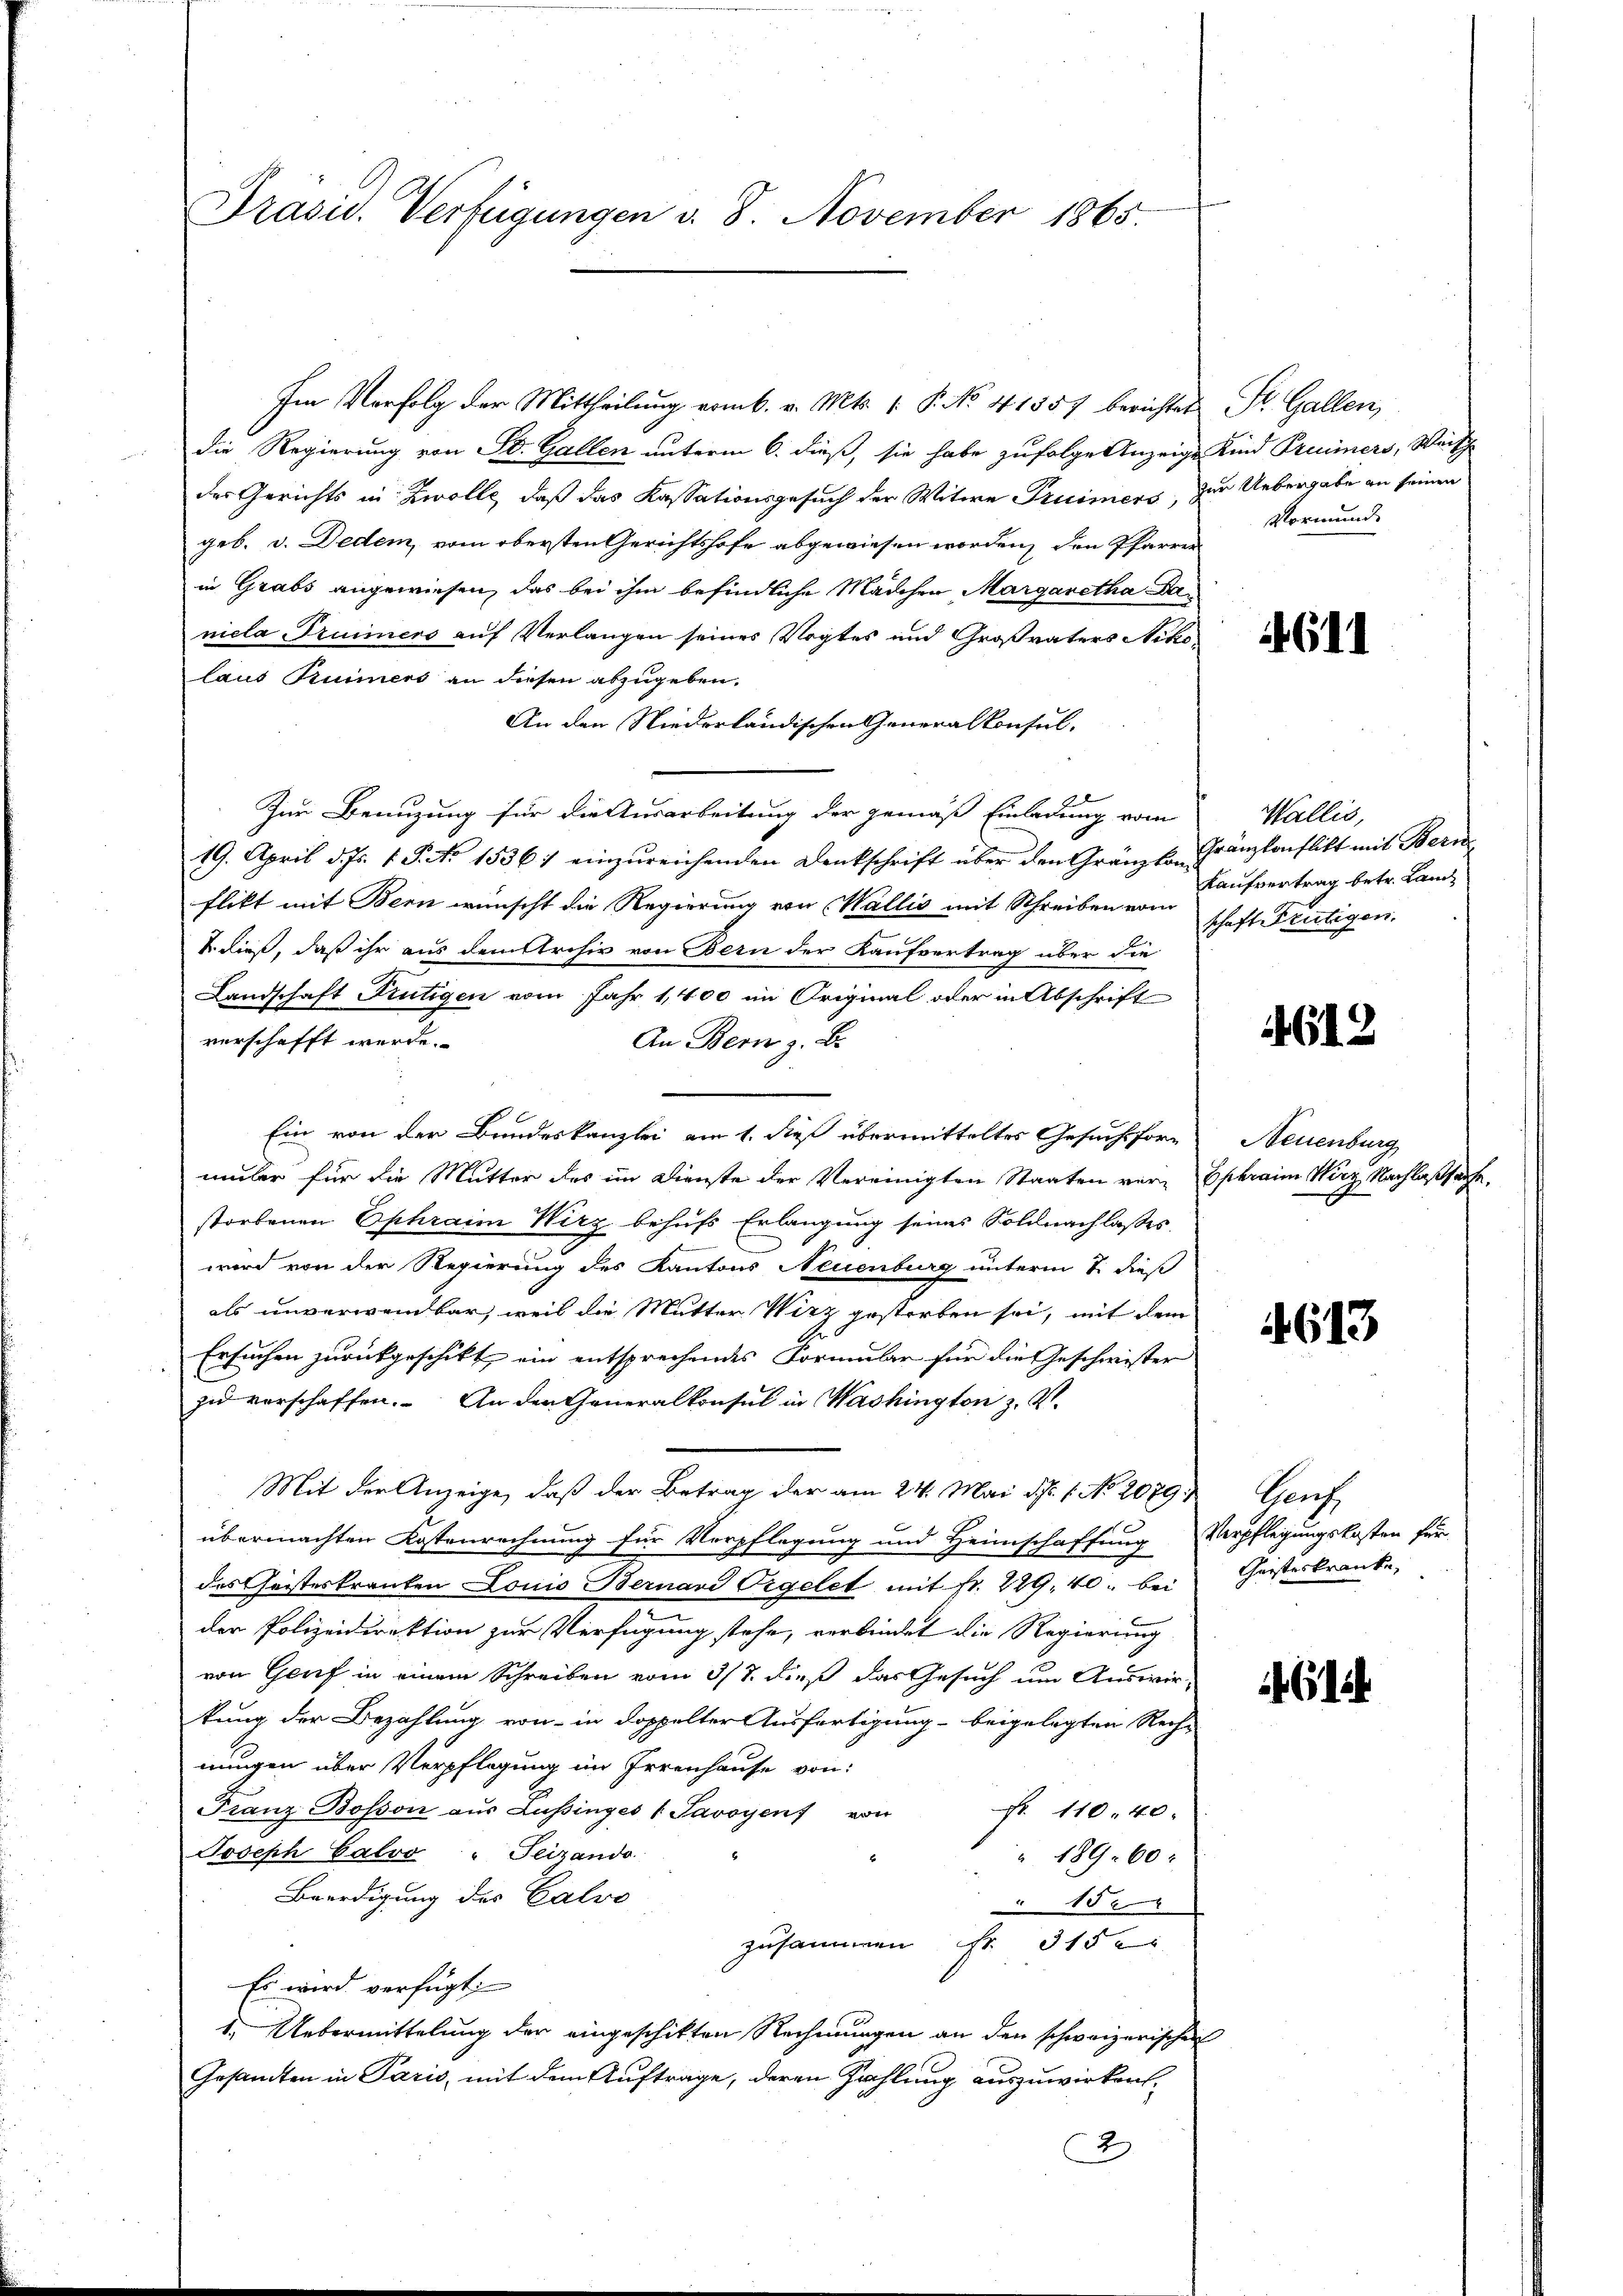
Präsid. Verfügungen v. 8. November 1865.

Im Verfolg der Mittheilung vom 6. v. Mts. 1. P. No. 41857 berichtet
die Regierung von St. Gallen unterm 6. dieß, sie habe zufolge Anzeige
der Gerichts in Zwolle, daß das Kassationsgesuch der Witwe Fruimers,
geb. v. Dedem, vom obersten Gerichtshofe abgewiesen worden, den Pfarrer
in Grabs angewiesen, das bei ihm befindliche Mädchen Margaretha Daniela Trümmers auf Verlangen seines Vogtes und Großvaters Niko
laus Kuimers an diesen abzugeben.
An den Niederländischen Generalkonsul-
Zur Benuzung für die Ausarbeitung der gemäß Einladung vom
19. April d. Js. v. J. No 15361 einzŭreichenden Denkschrift über den Gränzte Gränzkonflikt mit Bern
flikt mit Bern wünscht die Regierung von Wallis mit Schreiben vom
u. dieß, daß ihr aus dem Archiv von Bern der Kaufvertrag über die
Landschaft Frutigen vom Jahr 1,400 im Original oder in Abschrift
verschafft werde.
An Bern z. B.
Ein von der Bundeskanzlei am 1. dieß übermitteltes Gesuchsforumler für die Mutter des im Dienste der Vereinigten Staaten verstorbenen Ophraim Wirz behufs Erlangung seines Soldnachlasses,
wird von der Regierung des Kantons Neuenburg unterm 8. dieß
als unverwendbar, weil die Mutter Wirz gestorben sei, mit dem
Ge
Ersuchen zurückgeschikt ein entsprechendes Formular für die Geschwister
zu verschaffen. An den Generalkonsul in Washington z. V.
Mit der Anzeige, daß der Betrag der am 24. Mai d. 1. No. 2079. Genf
übermachten Kostenrechnung für Verpflegung und Heimschaffung
des Geisteskranten Louis Bernard Orgelet mit fr. 229, 40. bei
der Polizeidirektion zur Verfügung stehe, verbindet die Regierung
von Genf in einem Schreiben vom 3/8. dieß das Gesuch um Auswir-
kung der Bezahlung von in doppelter Ausfertigung beigelegten Rech-
nungen über Verpflegung im Irrenhause von:
 11040.
Franz Bosson aus Lussinges Savoyens von
Joseph Calvo " Feizando
" 189. 60.
Beerdigung des Calvo
15
zusammen Nr. 315.
Es wird verfügt:
1.) Uebermittelung der eingeschikten Rechnungen an den schweizerischen
Gesandten in Paris, mit dem Auftrage, deren Zahlung auszuwirken,
2

St. Gallen,
Kind Freiers, Weisch
zum Uebergabe zu seinen
Vormund

1611

Wallis,
Kaufvertrag betr. Land
schaft Frutigen.

4612

Neuenburg
Ephraim Wirz, Nachlaßhaufe.

4613

Verpflegungskosten für
Geisteskranke,